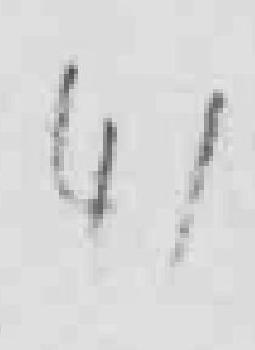
41